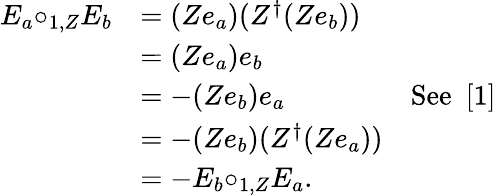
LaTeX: \begin{array}{cll}{{E_{a}{\circ_{1,Z}}E_{b}}}&{{=(Ze_{a})(Z^{\dagger}(Ze_{b}))}}&{{}}\\ {{}}&{{=(Ze_{a})e_{b}}}&{{}}\\ {{}}&{{=-(Ze_{b})e_{a}}}&{{\mathrm{See~{\mathbf~[1]}}}}\\ {{}}&{{=-(Ze_{b})(Z^{\dagger}(Ze_{a}))}}&{{}}\\ {{}}&{{=-E_{b}{\circ_{1,Z}}E_{a}.}}&{{}}\end{array}